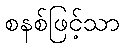
စနစ်ဖြင့်သာ